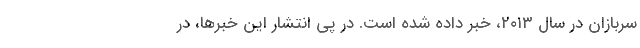
سربازان در سال ۲۰۱۳، خبر داده شده است. در پی انتشار این خبرها، در